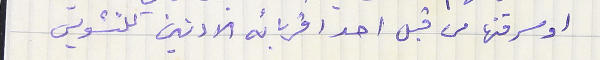
او سرقتها من قبل احد اقربائه الادنين للتشويس